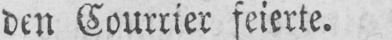
den Courrier feierte.